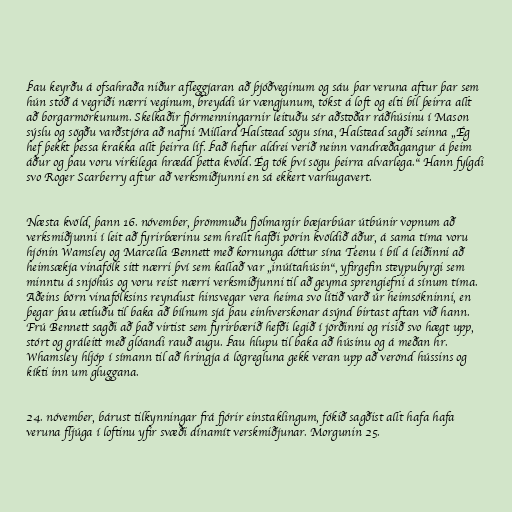
Þau keyrðu á ofsahraða niður afleggjaran að þjóðveginum og sáu þar veruna aftur þar sem
hún stóð á vegriði nærri veginum, breyddi úr vængjunum, tókst á loft og elti bíl þeirra allt
að borgarmörkunum. Skelkaðir fjórmenningarnir leituðu sér aðstoðar ráðhúsinu í Mason
sýslu og sögðu varðstjóra að nafni Millard Halstead sögu sína, Halstead sagði seinna „Ég
hef þekkt þessa krakka allt þeirra líf. Það hefur aldrei verið neinn vandræðagangur á þeim
áður og þau voru virkilega hrædd þetta kvöld. Ég tók því sögu þeirra alvarlega.“ Hann fylgdi
svo Roger Scarberry aftur að verksmiðjunni en sá ekkert varhugavert.

Næsta kvöld, þann 16. nóvember, þrömmuðu fjölmargir bæjarbúar útbúnir vopnum að
verksmiðjunni í leit að fyrirbærinu sem hrellt hafði pörin kvöldið áður, á sama tíma voru
hjónin Wamsley og Marcella Bennett með kornunga dóttur sína Teenu í bíl á leiðinni að
heimsækja vinafólk sitt nærri því sem kallað var „inúítahúsin“, yfirgefin steypubyrgi sem
minntu á snjóhús og voru reist nærri verksmiðjunni til að geyma sprengiefni á sínum tíma.
Aðeins börn vinafólksins reyndust hinsvegar vera heima svo lítið varð úr heimsókninni, en
þegar þau ætluðu til baka að bílnum sjá þau einhverskonar ásýnd birtast aftan við hann.
Frú Bennett sagði að það virtist sem fyrirbærið hefði legið í jörðinni og risið svo hægt upp,
stórt og gráleitt með glóandi rauð augu. Þau hlupu til baka að húsinu og á meðan hr.
Whamsley hljóp í símann til að hringja á lögregluna gekk veran upp að verönd hússins og
kíkti inn um gluggana.

24. nóvember, bárust tilkynningar frá fjórir einstaklingum, fókið sagðist allt hafa hafa
veruna fljúga í loftinu yfir svæði dínamít verskmiðjunar. Morgunin 25.